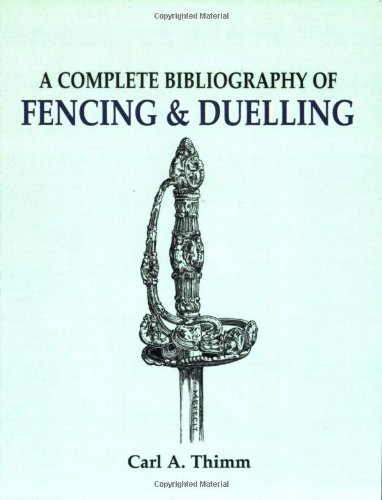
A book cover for Complete Bibliography of Fencing and Duelling, A; Carl Thimm F. R. G. S.; Sports & Outdoors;